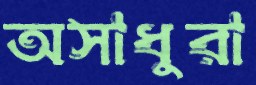
অসাধুরা